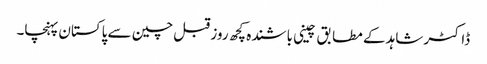
ڈاکٹر شاہد کے مطا بق چینی باشندہ کچھ روز قبل چین سے پاکستان پہنچا۔